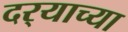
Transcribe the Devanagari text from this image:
दर्‍याच्या